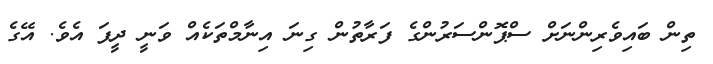
ތިން ބައިވެރިންނަށް ސްޕޮންސަރުންގެ ފަރާތުން ގިނަ އިނާމްތަކެއް ވަނީ ދީފަ އެވެ. އޭގެ